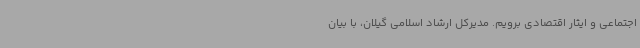
اجتماعی و ایثار اقتصادی برویم. مدیرکل ارشاد اسلامی گیلان، با بیان